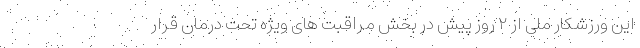
این ورزشکار ملی از ٢ روز پیش در بخش مراقبت های ویژه تحت درمان قرار